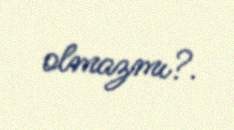
olmazmı?.